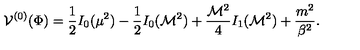
{ \cal V } ^ { ( 0 ) } ( \Phi ) = { \frac { 1 } { 2 } } I _ { 0 } ( \mu ^ { 2 } ) - { \frac { 1 } { 2 } } I _ { 0 } ( { \cal M } ^ { 2 } ) + { \frac { { \cal M } ^ { 2 } } { 4 } } I _ { 1 } ( { \cal M } ^ { 2 } ) + { \frac { m ^ { 2 } } { \beta ^ { 2 } } } .